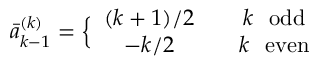
\bar { a } _ { k - 1 } ^ { ( k ) } = \Big \{ \begin{array} { c c c } { { ( k + 1 ) / 2 } } & { { } } & { { k \mathrm { ~ ~ o d d } } } \\ { { - k / 2 } } & { { } } & { { k \mathrm { ~ ~ e v e n } } } \end{array}